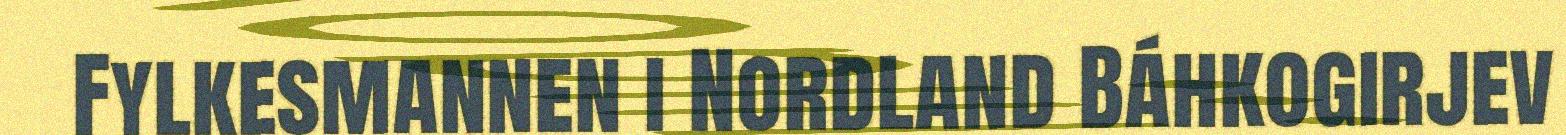
Fylkesmannen i Nordland Báhkogirjev